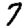
Digit: 7